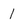
Character: 1